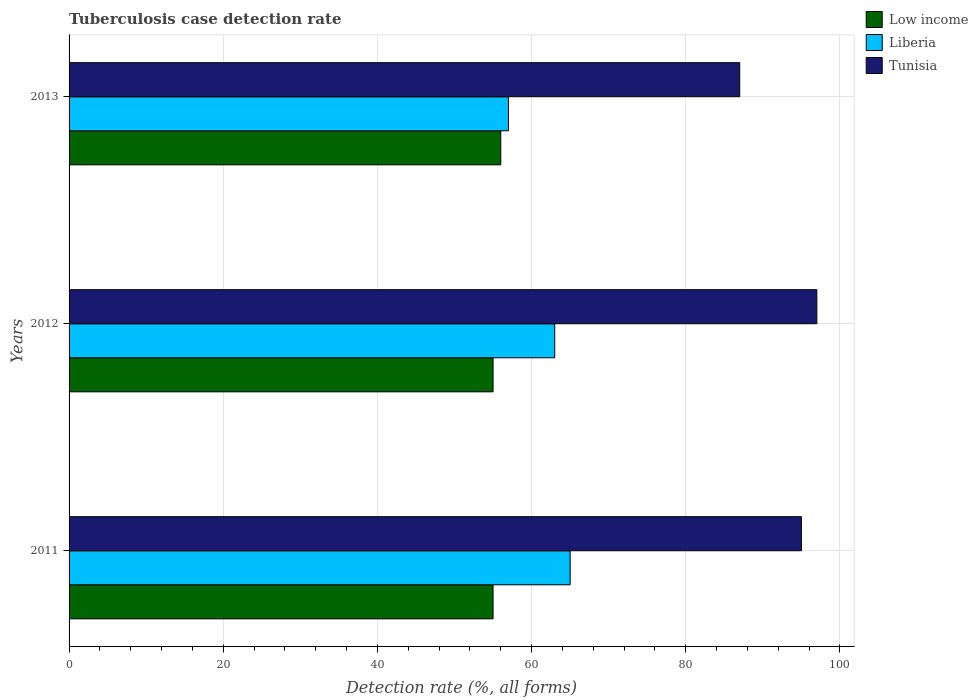
| Years | Low income | Liberia | Tunisia |
 | --- | --- | --- | --- |
 | 2011 | 55 | 65 | 95 |
 | 2012 | 55 | 63 | 97 |
 | 2013 | 56 | 57 | 87 |